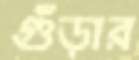
গুঁড়ার